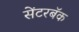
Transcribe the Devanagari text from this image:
सेंटरबॅक